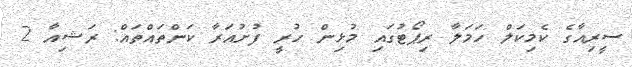
ސީރިއާގެ ކެމިކަލް ހަމަލާ ރިޕޯޓުގައި މުޅިން ހުރީ ފުށުއަރާ ކަންތައްތައް: ރަޝިއާ 2